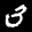
Label: 3